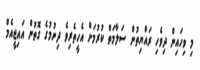
މި ވިހައިން ދިވެހި ރައްޔިތުން ސަލާމަތް ކުރުމަށް އެހީތެރިވެ ދިނުމުގެ ގޮތުން އައިޖީއެމް